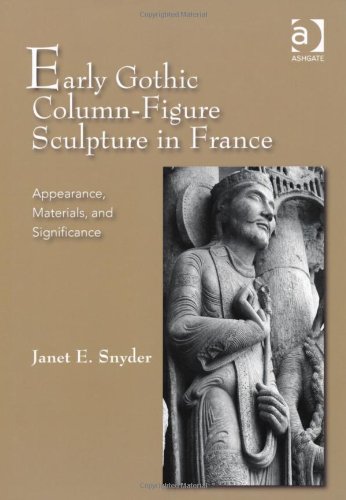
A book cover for Early Gothic Column-Figure Sculpture in France; Janet E. Snyder; Arts & Photography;